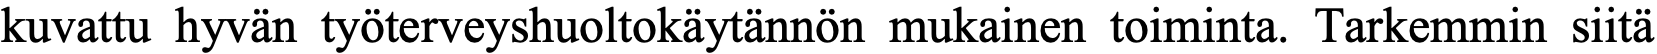
kuvattu hyvän työterveyshuoltokäytännön mukainen toiminta. Tarkemmin siitä